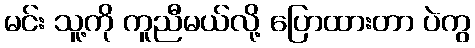
မင်း သူ့ကို ကူညီမယ်လို့ ပြောထားတာ ပဲကွ